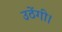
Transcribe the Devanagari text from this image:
उठेंगी।